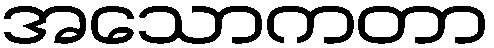
အသောကတာ